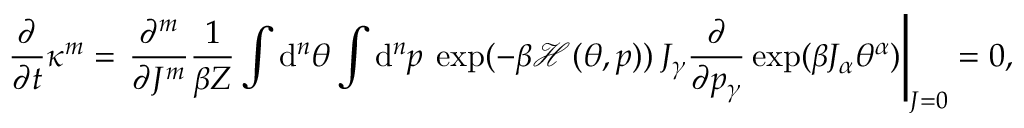
\frac { \partial } { \partial t } \kappa ^ { m } = \left. \frac { \partial ^ { m } } { \partial J ^ { m } } \frac { 1 } { \beta Z } \int \mathrm { d } ^ { n } \theta \int \mathrm { d } ^ { n } p \: \exp ( - \beta \mathcal { H } ( \theta , p ) ) \: J _ { \gamma } \frac { \partial } { \partial p _ { \gamma } } \exp ( \beta J _ { \alpha } \theta ^ { \alpha } ) \right| _ { J = 0 } = 0 ,